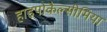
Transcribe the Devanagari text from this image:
हाइपोकैल्सीमिया